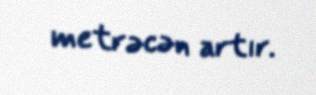
metrəcən artır.